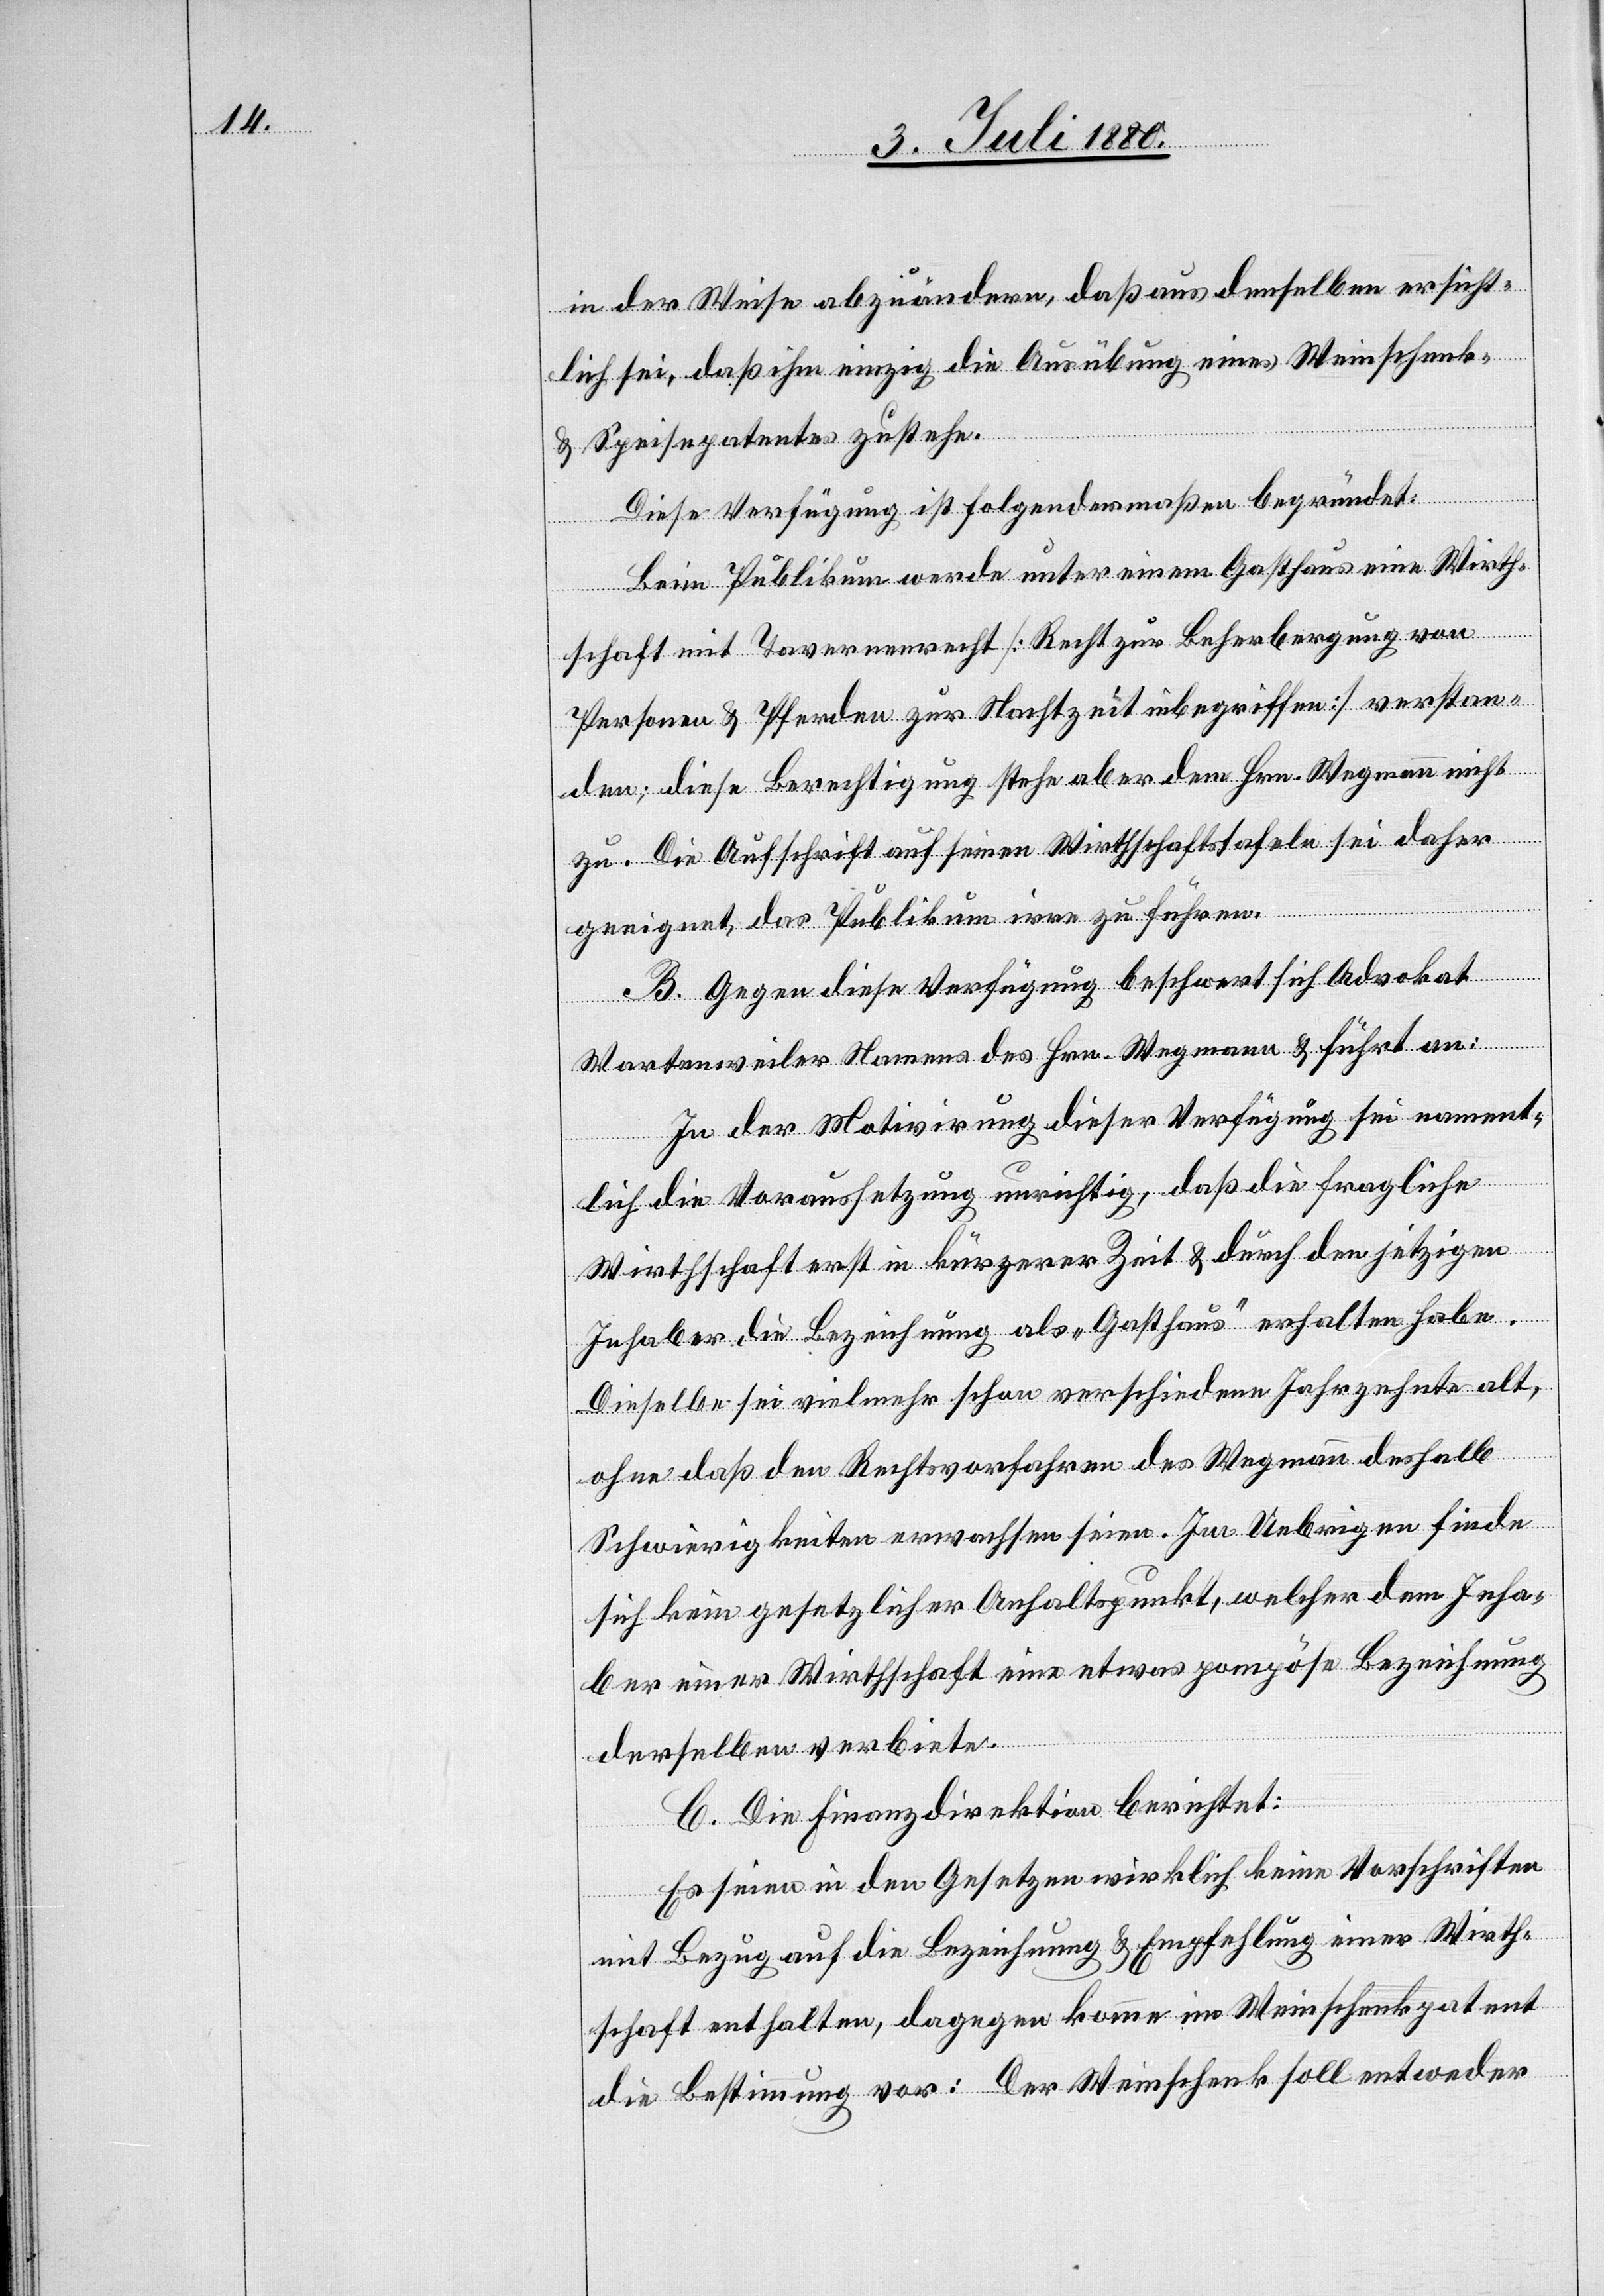
in der Weise abzuändern, daß aus denselben ersicht¬
lich sei, daß ihm einzig die Ausübung eines Weinschenk-
& Speisepatentes zustehe.
Diese Verfügung ist folgendermaßen begründet:
Beim Publikum werde unter einem Gasthaus eine Wirth¬
schaft mit Tavernenrecht [Recht zu Beherbergung von
Personen & Pferden zur Nachtzeit inbegriffen] verstan¬
den; diese Berechtigung stehe aber dem Hrn. Wegmann nicht
zu. Die Aufschrift auf seinen Wirthschaftstafeln sei daher
geeignet, das Publikum irre zu führen.
B. Gegen diese Verfügung beschwert sich Advokat
Wartenweiler Namens des Hrn. Wegmann & führt an:
In der Motivirung dieser Verfügung sei nament¬
lich die Voraussetzung unrichtig, daß die fragliche
Wirthschaft erst in kürzerer Zeit & durch den jetzigen
Inhaber die Bezeichnung als „Gasthaus“ erhalten habe.
Dieselbe sei vielmehr schon verschiedene Jahrzehnte alt,
ohne daß den Rechtsvorfahren des Wegmann deshalb
Schwierigkeiten erwachsen seien. Im Uebrigen finde
sich kein gesetzlicher Anhaltspunkt, welcher dem Inha¬
ber einer Wirthschaft eine etwas pompöse Bezeichnung
derselben verbiete.
C. Die Finanzdirektion berichtet:
Es seien in den Gesetzen wirklich keine Vorschriften
mit Bezug auf die Bezeichnung & Empfehlung einer Wirth¬
schaft enthalten, dagegen komme im Weinschenkpatent
die Bestimmung vor: Der Weinschenk soll entweder